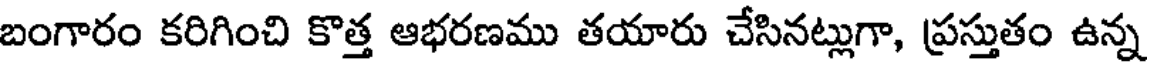
బంగారం కరిగించి కొత్త ఆభరణము తయారు చేసినట్లుగా, ప్రస్తుతం ఉన్న